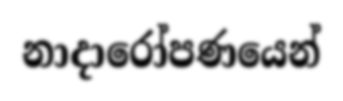
නාදාරෝපණයෙන්